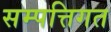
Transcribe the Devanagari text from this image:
सम्पत्तिगत